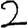
Digit: 2